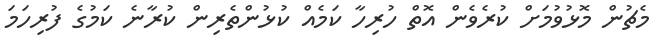
މެޗުން މޮޅުވުމަށް ކުރެވެން އޮތް ހުރިހާ ކަމެއް ކުޅުންތެރިން ކުރާނެ ކަމުގެ ފުރިހަމަ